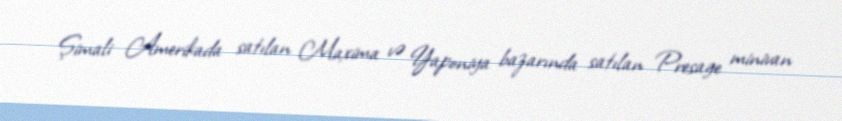
Şimali Amerikada satılan Maxima və Yaponiya bazarında satılan Presage minivan